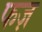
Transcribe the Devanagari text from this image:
फज़